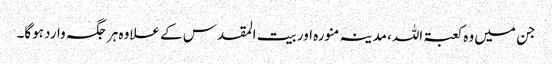
جن میں وہ کعبۃ اللہ، مدینہ منورہ اور بیت المقدس کے علاوہ ہر جگہ وارد ہوگا۔